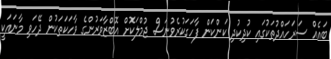
ބައެއް ސަރަހައްދުތަކުގައި ކުދިކުދި ކަންކަން ފާހަގަކުރެވުނަސް ޖުމްލަކޮށް އޮބްޒާވަރުންގެ ވާހަކަތަކުން ދޭހަވި މާނައަކީ